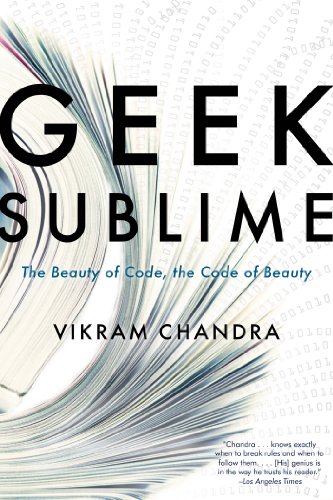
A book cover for Geek Sublime: The Beauty of Code, the Code of Beauty; Vikram Chandra; Computers & Technology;